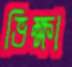
ভিক্ষা